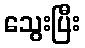
သွေးပြီး